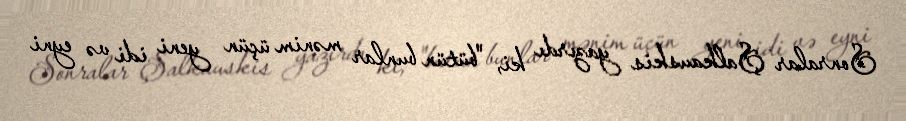
Sonralar Şalkauskis yazırdı ki, "bütün bunlar mənim üçün yeni idi və eyni